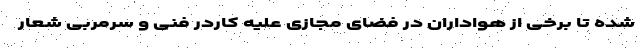
شده تا برخی از هواداران در فضای مجازی علیه کاردر فنی و سرمربی شعار